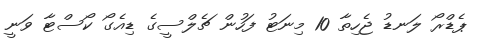
ޕެޑްރޯ ލަނޑު ޖެހިތާ 10 މިނަޓު ފަހުން ޗެލްސީގެ ޑިއެގޯ ކޯސްޓާ ވަނީ